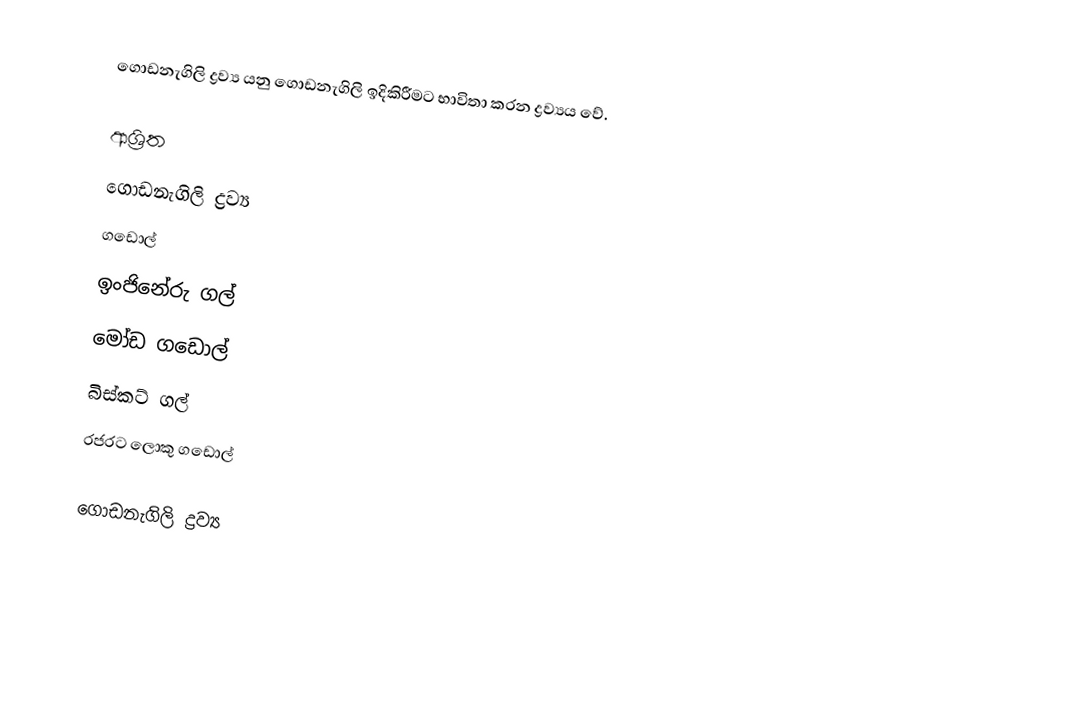
ගොඩනැගිලි ද්‍රව්‍ය යනු ගොඩනැගිලි ඉදිකිරීමට භාවිතා කරන ද්‍රව්‍යය වේ.

ආශ්‍රිත
 ගොඩනැගිලි ද්‍රව්‍ය
 ගඩොල්
 ඉංජිනේරු ගල්
 මෝඩ ගඩොල්
 බිස්කට් ගල්
 රජරට ලොකු ගඩොල්

ගොඩනැගිලි ද්‍රව්‍ය